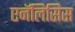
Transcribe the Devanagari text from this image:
एनॅलिसिस